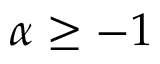
\alpha \geq - 1